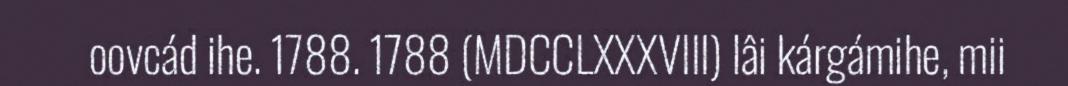
oovcád ihe. 1788. 1788 (MDCCLXXXVIII) lâi kárgámihe, mii